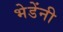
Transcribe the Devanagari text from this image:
भेडेंनी